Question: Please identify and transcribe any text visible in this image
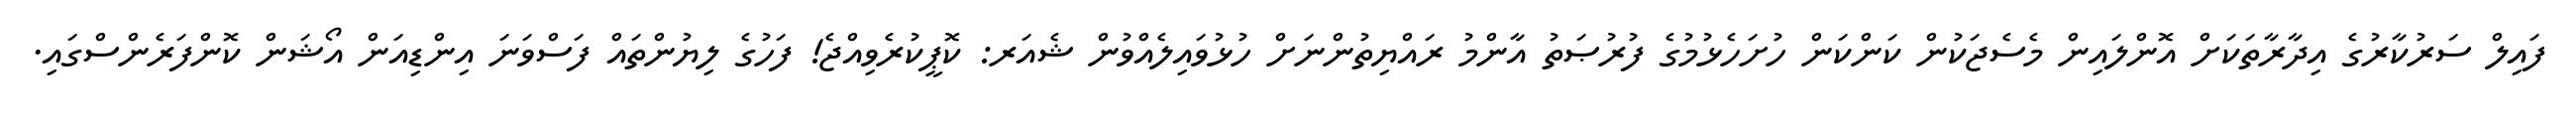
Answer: ފައިލް ސަރުކާރުގެ އިދާރާތަކަށް އޮންލައިން މެސެޖަކުން ކަންކަން ހުށަހެޅުމުގެ ފުރުޞަތު އާންމު ރައްޔިތުންނަށް ހުޅުވައިލެއްވުން ޝެއަރ: ކޮޕީކުރެވިއްޖެ! ފަހުގެ ލިޔުންތައް ފަސްވަނަ އިންޑިއަން އޯޝަން ކޮންފަރެންސްގައި.